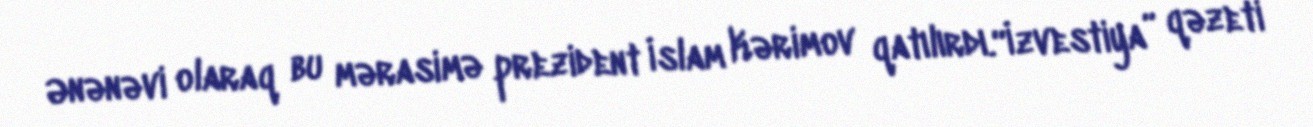
Ənənəvi olaraq bu mərasimə prezident İslam Kərimov qatılırdı.“İzvestiya” qəzeti